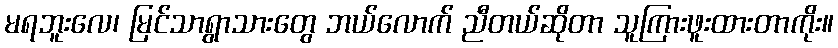
မရဘူးလေ၊ မြင်သာရွာသားတွေ ဘယ်လောက် ညီတယ်ဆိုတာ သူကြားဖူးထားတာကိုး။